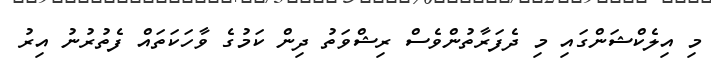
މި އިލެކްޝަންގައި މި ދެފަރާތުންވެސް ރިޝްވަތު ދިން ކަމުގެ ވާހަކަތައް ފެތުރުނު އިރު